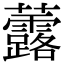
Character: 虂